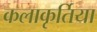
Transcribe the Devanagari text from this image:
कलाकृर्तिया